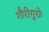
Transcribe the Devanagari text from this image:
गौरीगुरोः